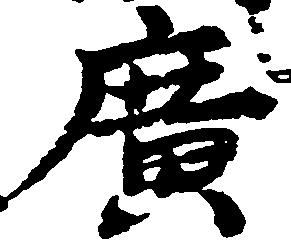
広